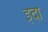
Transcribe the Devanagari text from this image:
इदा